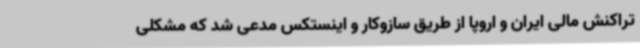
تراکنش مالی ایران و اروپا از طریق سازوکار و اینستکس مدعی شد که مشکلی